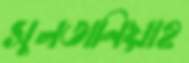
সুলতানিয়াহ